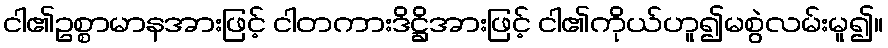
ငါ၏ဥစ္စာမာနအားဖြင့် ငါတကားဒိဋ္ဌိအားဖြင့် ငါ၏ကိုယ်ဟူ၍မစွဲလမ်းမူ၍။